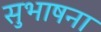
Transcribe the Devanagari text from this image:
सुभाषना